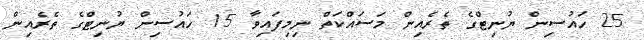
25 ހައުސިން ޔުނިޓްގެ ތެރެއިން މަސައްކަތް ނިމިފައިވާ 15 ހައުސިން ޔުނިޓްގެ ތެރެއިން